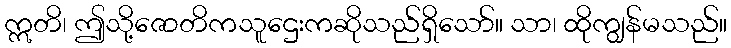
ဣတိ၊ ဤသို့ဇောတိကသူဌေးကဆိုသည်ရှိသော်။ သာ၊ ထိုကျွန်မသည်။